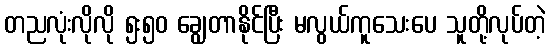
တညလုံးလိုလို ၅း၅၀ ချွေတာနိုင်ပြီး မလွယ်ကူသေးပေ သူတို့လုပ်တဲ့